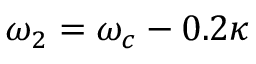
\omega _ { 2 } = \omega _ { c } - 0 . 2 \kappa